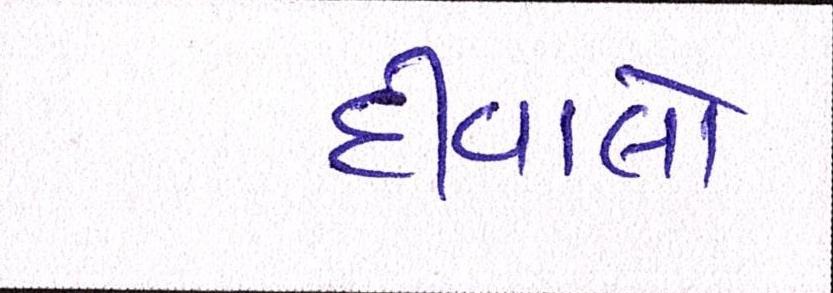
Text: દીવાલો